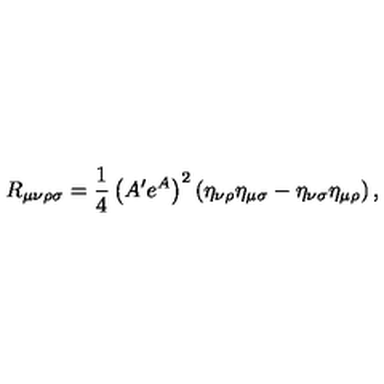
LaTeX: R _ { \mu \nu \rho \sigma } = \frac { 1 } { 4 } \left( A ^ { \prime } e ^ { A } \right) ^ { 2 } \left( \eta _ { \nu \rho } \eta _ { \mu \sigma } - \eta _ { \nu \sigma } \eta _ { \mu \rho } \right) ,